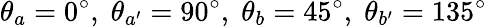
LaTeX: \theta_{a}=0^{\circ},\; \theta_{a^{\prime}}=90^{\circ},\; \theta_{b}=45^{\circ},\; \theta_{b^{\prime}}=135^{\circ}